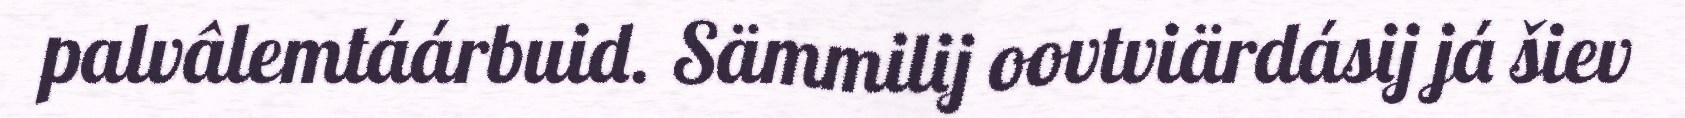
palvâlemtáárbuid. Sämmilij oovtviärdásij já šiev